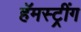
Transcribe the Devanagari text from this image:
हॅमस्ट्रींग